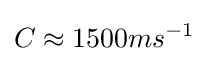
C\approx 1500ms^{-1}